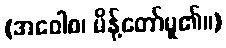
(အဝေါစ၊ မိန့်တော်မူ၏။)